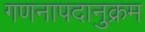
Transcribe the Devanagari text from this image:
गणनापदानुक्रम